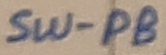
Text: SW-PB